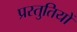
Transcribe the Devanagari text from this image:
प्रस्‍तुतियों